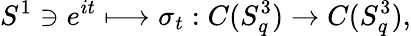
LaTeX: S^{1}\ni e^{it}\longmapsto\sigma_{t}:C(S_{q}^{3})\rightarrow C(S_{q}^{3}),